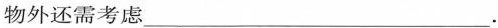
物外还需考虑___.